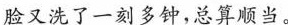
脸又洗了一刻多钟，总算顺当。